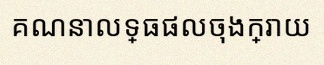
គណនាលទ្ធផលចុងក្រោយ